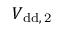
V _ { \mathrm { { d d } , \, 2 } }